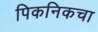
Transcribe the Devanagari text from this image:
पिकनिकचा